Scottish Education Department, 1929
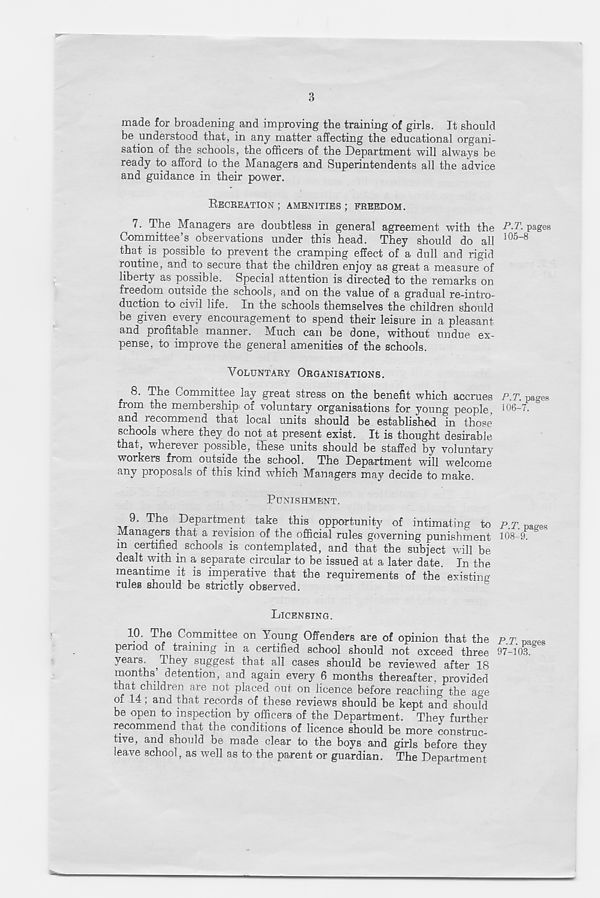
3
made for broadening and improving the training of girls. It should
be understood that, in any matter affecting the educational organi-
sation of the schools, the officers of the Department will always be
ready to afford to the Managers and Superintendents all the advice
and guidance in their power.
RECREATION ; AMENITIES ; FREEDOM.
7. The Managers are doubtless in general agreement with the
Committee’s observations under this head. They should do all
that is possible to prevent the cramping effect of a dull and rigid
routine, and to secure that the children enjoy as great a measure of
liberty as possible. Special attention is directed to the remarks on
freedom outside the schools, and on the value of a gradual re-intro-
duction to civil life. In the schools themselves the children should
be given every encouragement to spend their leisure in a pleasant
and profitable manner. Much can be done, without undue ex-
pense, to improve the general amenities of the schools.
VOLUNTARY ORGANISATIONS.
8. The Committee lay great stress on the benefit which accrues
from the membership of voluntary organisations for young people,
and recommend that local units should be established in those
schools where they do not at present exist. It is thought desirable
that, wherever possible, these units should be staffed by voluntary
workers from outside the school. The Department will welcome
any proposals of this kind which Managers may decide to make.
PUNISHMENT.
9. The Department take this opportunity of intimating to
Managers that a revision of the official rules governing punishment
m certified schools is contemplated, and that the subject will be
dealt with in a separate circular to be issued at a later date. In the
meantime it is imperative that the requirements of the existing
rules should be strictly observed.
LICENSING.
10. The Committee on Young Offenders are of opinion that the
period of training in a certified school should not exceed three
yeais. ,They suggest that all cases should be reviewed after 18
months’ detention, and again every 6 months thereafter, provided
that children are not placed out on licence before reaching the age
of 14; and that records of these reviews should be kept and should
be open to inspection by officers of the Department. They further
recommend that the conditions of licence should be more construc-
tive, and should be made clear to the boys and girls before they
leave school, as well as to the parent or guardian. The Department
P.T. pages
105-8
P.T. pages
106-7.
P.T. pages
108-9.
P.T. pages
97-103.